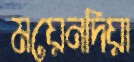
ময়েনদিয়া